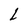
Character: L